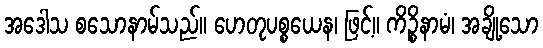
အဒေါသ စသောနာမ်သည်။ ဟေတုပစ္စယေန၊ ဖြင့်။ ကိဉ္စိနာမံ၊ အချို့သော